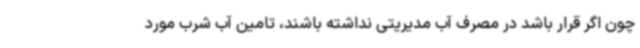
چون اگر قرار باشد در مصرف آب مدیریتی نداشته باشند، تامین آب شرب مورد